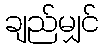
ချည်မျှင်